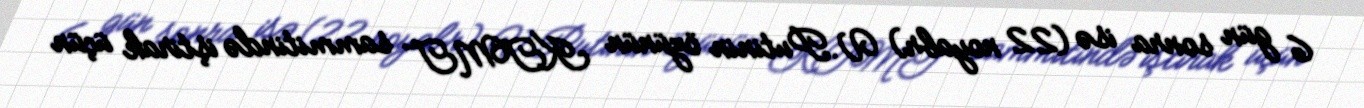
6 gün sonra isə (22 noyabr) V.Putinin özünün KTMT sammitində iştirak üçün